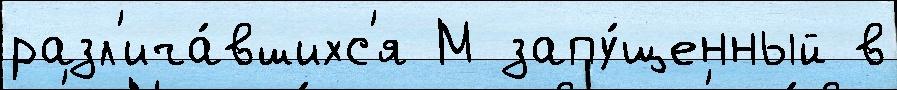
разл'ича́вшихс'я М запу́щенный в